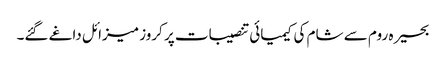
بحیرہ روم سے شام کی کیمیائی تنصیبات پر کروز میزائل داغے گئے۔